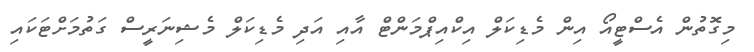
މިގޮތުން އެސްޓީއޯ އިން މެޑިކަލް އިކްއިޕްމަންޓް އާއި އަދި މެޑިކަލް މެޝިނަރީސް ގަތުމަށްޓަކައި